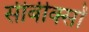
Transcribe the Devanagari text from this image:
सीबीक्सों